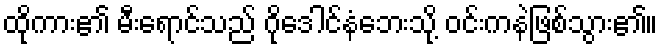
ထိုကား၏ မီးရောင်သည် ဂိုဒေါင်နံဘေးသို့ ဝင်းကနဲဖြစ်သွား၏။